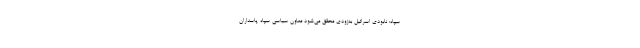
سپاه: نابودی اسرائیل به‌زودی محقق می‌شود معاون سیاسی سپاه پاسداران